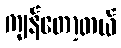
ကျန်တော့တယ်